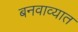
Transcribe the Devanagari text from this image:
बनवाव्यात